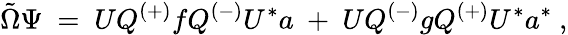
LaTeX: {\tilde{\Omega}}\Psi\ =\ UQ^{(+)}fQ^{(-)}U^{*}a\ +\ UQ^{(-)}gQ^{(+)}U^{*}a^{*}\ ,